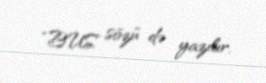
“BUS” sözü də yazılır.